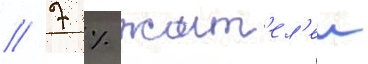
/ 7 % жит'ел'еи